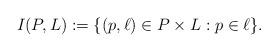
LaTeX: \begin{align*}I(P,L):= \{ (p, \ell) \in P \times L : p \in \ell \}.\end{align*}